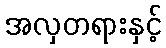
အလှတရားနှင့်